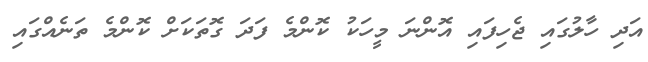
އަދި ހާލުގައި ޖެހިފައި އޮންނަ މީހަކު ކޮންމެ ފަދަ ގޮތަކަށް ކޮންމެ ތަނެއްގައި